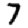
Digit: 7